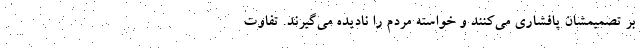
بر تصمیمشان پافشاری می‌کنند و خواسته مردم را نادیده می‌گیرند. تفاوت